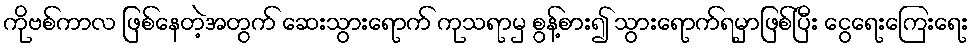
ကိုဗစ်ကာလ ဖြစ်နေတဲ့အတွက် ဆေးသွားရောက် ကုသရာမှ စွန့်စား၍ သွားရောက်ရမှာဖြစ်ပြီး ငွေရေးကြေးရေး